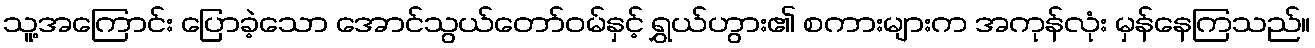
သူ့အကြောင်း ပြောခဲ့သော အောင်သွယ်တော်ဝမ်နှင့် ရွှယ်ဟွား၏ စကားများက အကုန်လုံး မှန်နေကြသည်။